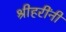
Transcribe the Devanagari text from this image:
श्रीहरींनी